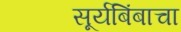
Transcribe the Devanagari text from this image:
सूर्यबिंबाचा